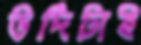
উর্দিটাই